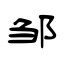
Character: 邹